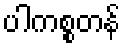
ပါကစ္စတန်